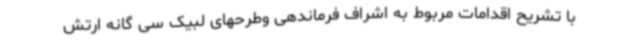
با تشریح اقدامات مربوط به اشراف فرماندهی وطرحهای لبیک سی گانه ارتش